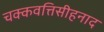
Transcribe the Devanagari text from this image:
चक्कवत्तिसीहनाद